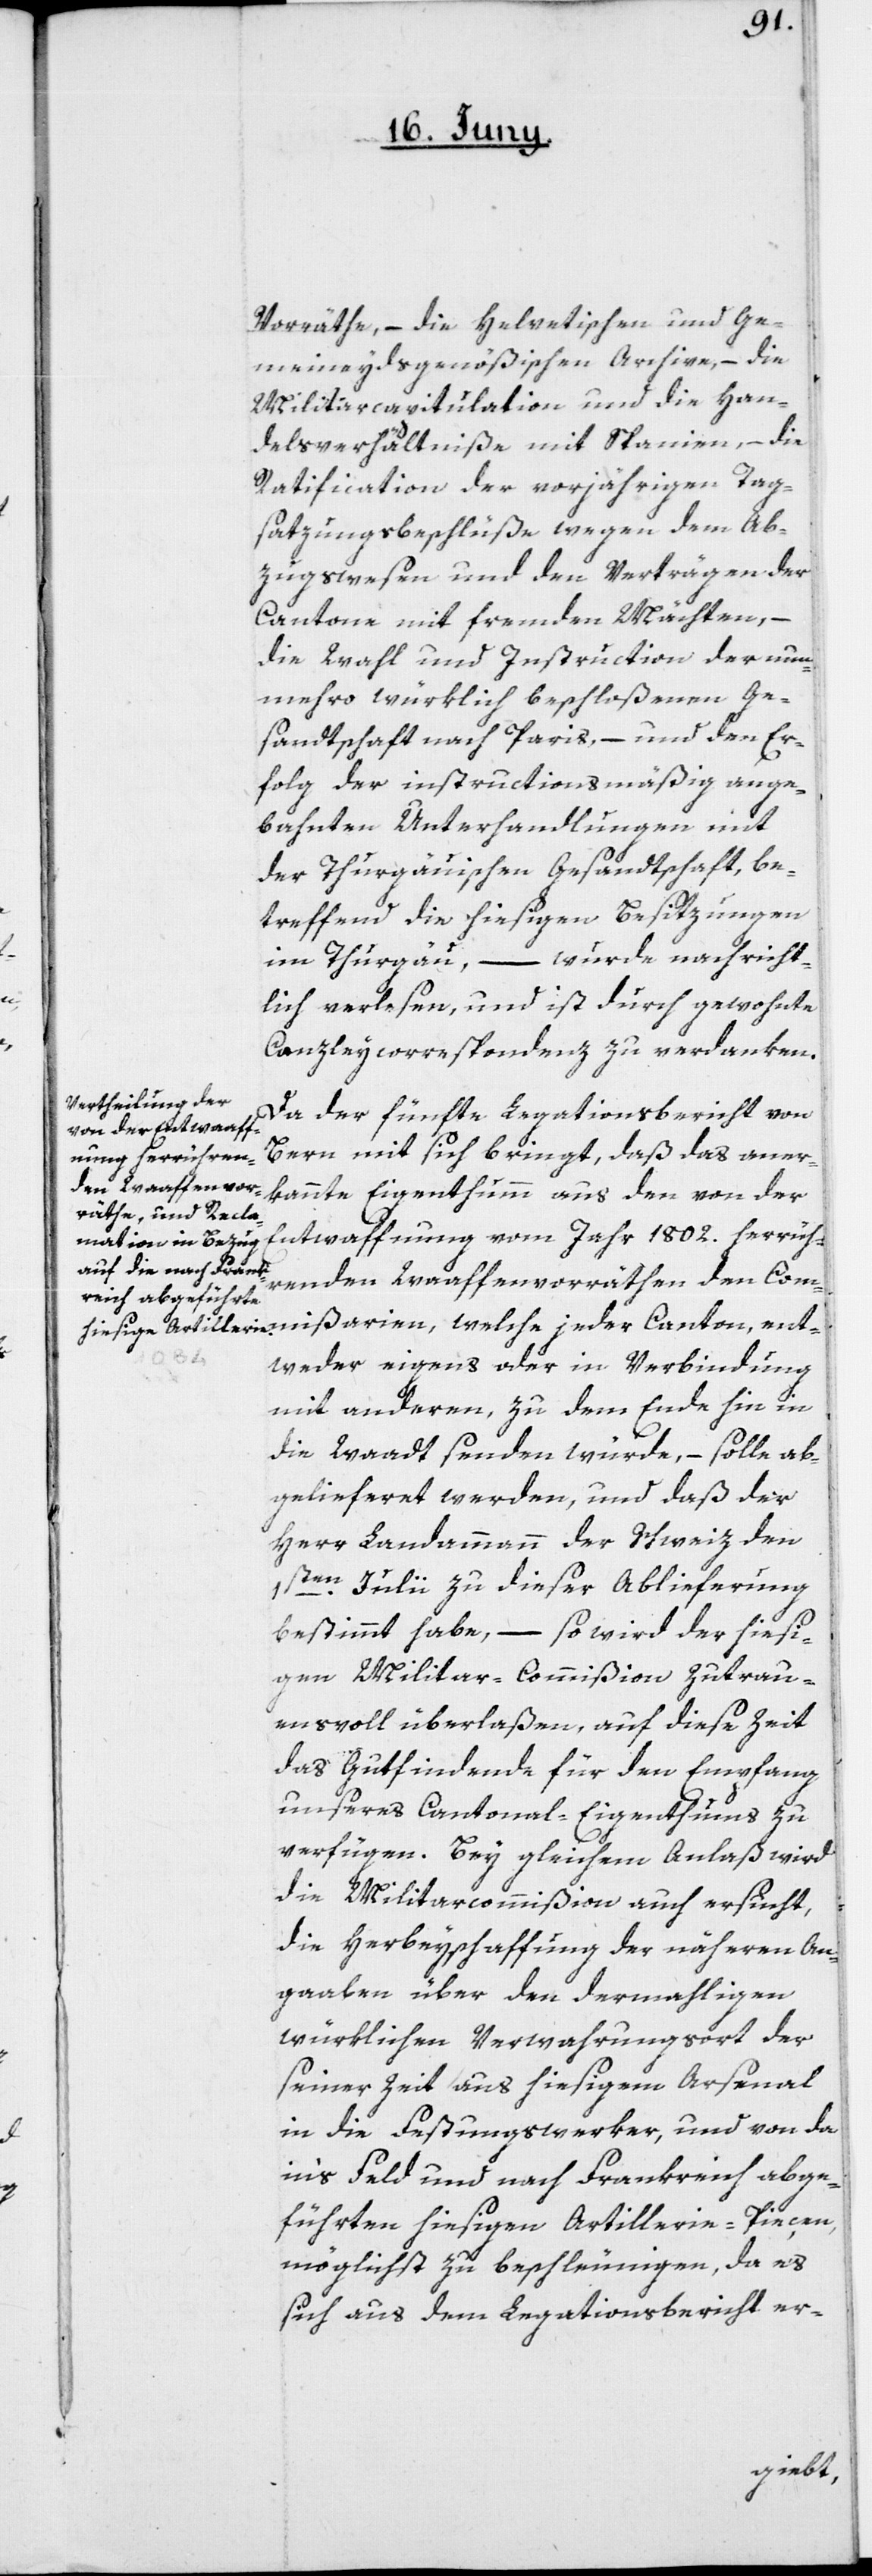
Vorräthe, – die Helvetischen und Ge¬
meineydsgenößischen Archive, – die
Militarcapitulation und die Han¬
delsverhältniße mit Spanien, – die
Ratification der vorjährigen Tag¬
satzungsbeschlüße wegen dem Ab¬
zugswesen und den Verträgen der
Cantone mit fremden Mächten, –
die Wahl und Instruction der nun¬
mehro würklich beschloßenen Ge¬
sandtschaft nach Paris, – und den Er¬
folg der instructionsmäßig ange¬
bahnten Unterhandlungen mit
der Thurgauischen Gesandtschaft, be¬
treffend die hiesigen Besitzungen
im Thurgau, – wurde nachricht¬
lich verlesen, und ist durch gewohnte
Canzleycorrespondenz zu verdanken.
Da der fünfte Legationsbericht von
Bern mit sich bringt, daß das aner¬
kannte Eigenthumm aus den von der
Entwaffung vom Jahr 1802. herrüh¬
renden Waaffenvorräthen den Com¬
mißarien, welche jeder Canton ent¬
weder eigens oder in Verbindung
mit anderen, zu dem Ende hin in
die Waadt senden würde, – solle ab¬
gelieferet werden, und daß der
Herr Landammann der Schweiz den
1sten Julii zu dieser Ablieferung
bestimmt habe, – so wird der hiesi¬
gen Militar-Commißion zutrau¬
ensvoll überlaßen, auf diese Zeit
das Gutfindende für den Empfang
unseres Cantonal-Eigenthums zu
verfügen. Bey gleichem Anlaß wird
die Militarcommißion auch ersucht,
die Herbeyschaffung der näheren An¬
gaaben über den dermahligen
würklichen Verwahrungsort der
seiner Zeit aus hiesigem Arsenal
in die Festungswerker, und von da
in’s Feld und nach Frankreich abge¬
führten hiesigen Artillerie-Pieçen,
möglichst zu beschleunigen, da es
sich aus dem Legationsbericht er-